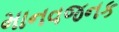
માનવજનક